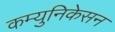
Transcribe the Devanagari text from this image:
कम्युनिकेसन